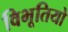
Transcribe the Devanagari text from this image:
विभूतियो